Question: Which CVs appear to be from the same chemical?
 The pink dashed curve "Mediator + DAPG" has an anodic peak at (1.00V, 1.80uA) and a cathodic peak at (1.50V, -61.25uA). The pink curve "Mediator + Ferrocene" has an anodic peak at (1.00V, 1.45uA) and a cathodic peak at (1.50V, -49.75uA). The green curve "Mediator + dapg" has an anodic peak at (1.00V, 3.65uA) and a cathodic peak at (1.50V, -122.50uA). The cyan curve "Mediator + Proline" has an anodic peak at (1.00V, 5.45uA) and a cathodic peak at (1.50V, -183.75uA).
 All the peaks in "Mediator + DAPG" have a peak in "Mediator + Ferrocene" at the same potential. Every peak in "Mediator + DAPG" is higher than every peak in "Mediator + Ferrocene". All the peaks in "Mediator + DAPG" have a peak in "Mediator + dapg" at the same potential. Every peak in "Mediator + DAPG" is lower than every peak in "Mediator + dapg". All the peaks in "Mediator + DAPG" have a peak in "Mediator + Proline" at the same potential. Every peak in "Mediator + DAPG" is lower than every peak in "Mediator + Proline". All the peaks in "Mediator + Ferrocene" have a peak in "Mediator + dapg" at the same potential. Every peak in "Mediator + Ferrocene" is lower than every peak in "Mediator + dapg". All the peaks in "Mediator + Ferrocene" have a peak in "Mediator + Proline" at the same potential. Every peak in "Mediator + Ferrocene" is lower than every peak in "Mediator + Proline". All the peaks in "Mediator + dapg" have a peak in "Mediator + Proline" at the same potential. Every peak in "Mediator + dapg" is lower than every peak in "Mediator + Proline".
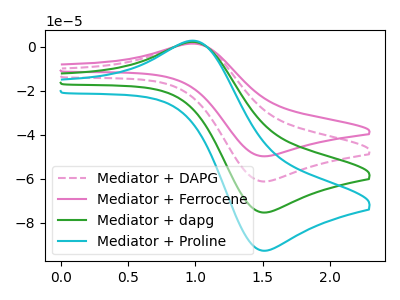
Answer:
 <answer>"Mediator + Ferrocene", "Mediator + DAPG", "Mediator + dapg" and "Mediator + Proline" have the same shape and are likely CV's of the same chemical.</answer>
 <eval>"Mediator + Ferrocene" "Mediator + DAPG" "Mediator + dapg" "Mediator + Proline"</eval>